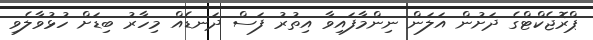
ޕްރޮޖެކްޓްގެ ދަށުން އަލަން ނިންމާފައިވާ އިތުރު ފަސް ދަނޑެއް މިހާރު ބިޑަށް ހުޅުވާލެވި